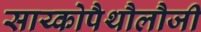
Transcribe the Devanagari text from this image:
साय्कोपैथौलौजी